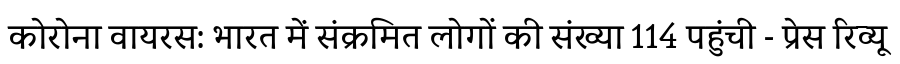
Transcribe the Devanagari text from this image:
कोरोना वायरस: भारत में संक्रमित लोगों की संख्या 114 पहुंची - प्रेस रिव्यू